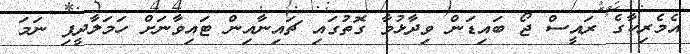
އެމެރިކާގެ ރައީސް ޖޯ ބައިޑަން ވިދާޅުވާ ގޮތުގައި ޗައިނާއިން ޓައިވާނަށް ހަމަލާދީފި ނަމަ